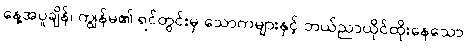
နေ့အပူချိန်၊ ကျွန်မ၏ ရင်တွင်းမှ သောကများနှင့် ဘယ်ညာယိုင်ထိုးနေသော